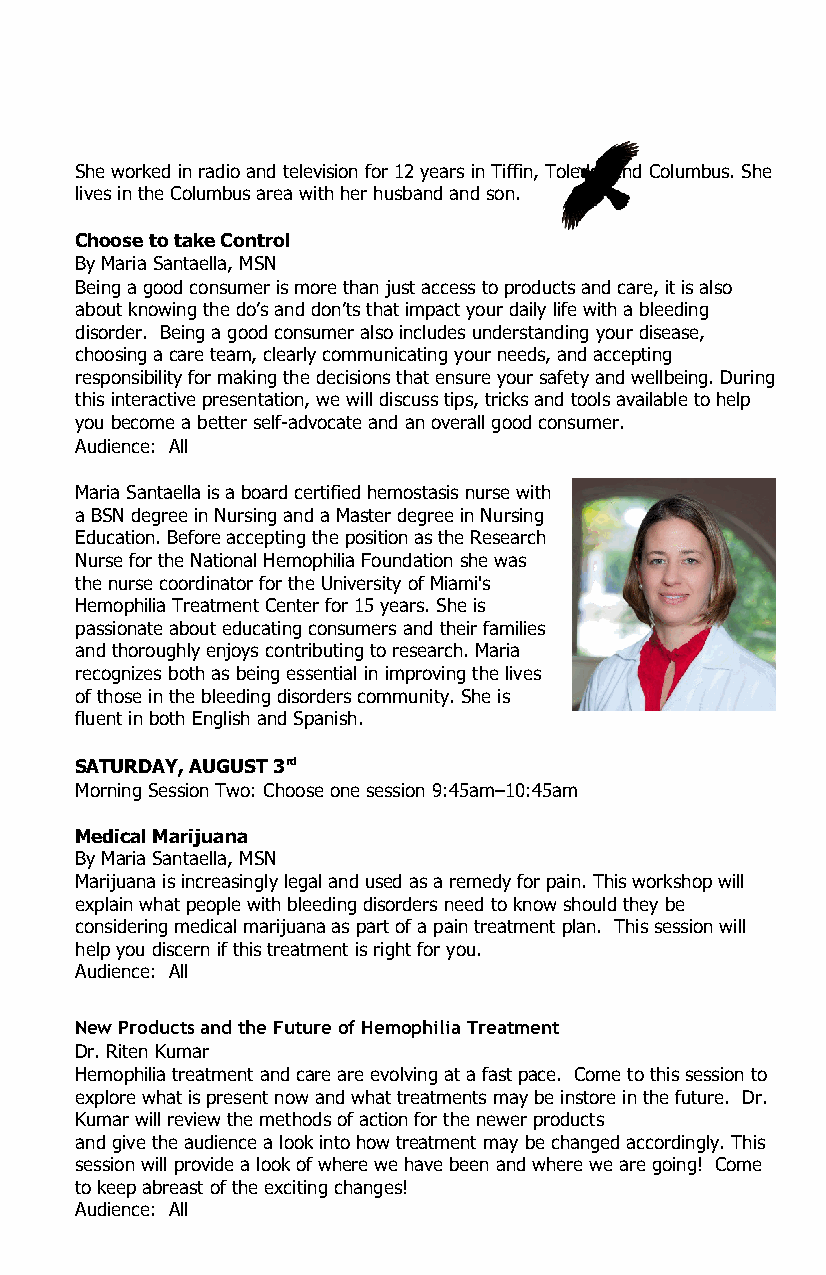
She worked in radio and television for 12 years in Tiffin, Toledo, and Columbus. She
 lives in the Columbus area with her husband and son.
 Choose to take Control
 By Maria Santaella, MSN
 Being a good consumer is more than just access to products and care, it is also
 about knowing the do’s and don’ts that impact your daily life with a bleeding
 disorder. Being a good consumer also includes understanding your disease,
 choosing a care team, clearly communicating your needs, and accepting
 responsibility for making the decisions that ensure your safety and wellbeing. During
 this interactive presentation, we will discuss tips, tricks and tools available to help
 you become a better self-advocate and an overall good consumer.
 Audience: All
 Maria Santaella is a board certified hemostasis nurse with
 a BSN degree in Nursing and a Master degree in Nursing
 Education. Before accepting the position as the Research
 Nurse for the National Hemophilia Foundation she was
 the nurse coordinator for the University of Miami's
 Hemophilia Treatment Center for 15 years. She is
 passionate about educating consumers and their families
 and thoroughly enjoys contributing to research. Maria
 recognizes both as being essential in improving the lives
 of those in the bleeding disorders community. She is
 fluent in both English and Spanish.
 SATURDAY, AUGUST 3rd
 Morning Session Two: Choose one session 9:45am–10:45am
 Medical Marijuana
 By Maria Santaella, MSN
 Marijuana is increasingly legal and used as a remedy for pain. This workshop will
 explain what people with bleeding disorders need to know should they be
 considering medical marijuana as part of a pain treatment plan. This session will
 help you discern if this treatment is right for you.
 Audience: All
 New Products and the Future of Hemophilia Treatment
 Dr. Riten Kumar
 Hemophilia treatment and care are evolving at a fast pace. Come to this session to
 explore what is present now and what treatments may be instore in the future. Dr.
 Kumar will review the methods of action for the newer products
 and give the audience a look into how treatment may be changed accordingly. This
 session will provide a look of where we have been and where we are going! Come
 to keep abreast of the exciting changes!
 Audience: All